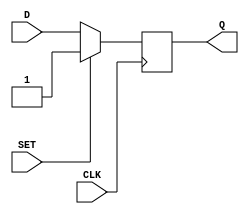
module dff_set(input D, input CLK, input SET, output reg Q);

always @(posedge CLK) begin
    if (SET == 1'b1) begin
        Q <= 1'b1;
    end else begin
        Q <= D;
    end
end

endmodule